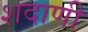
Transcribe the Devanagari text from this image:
शदाणी